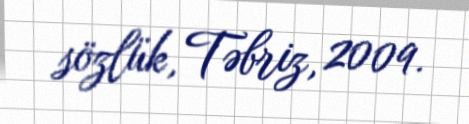
sözlük, Təbriz, 2009.